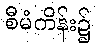
စီမံကိန်း၌